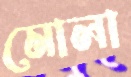
মোলা